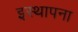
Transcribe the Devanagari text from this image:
इस्थापना